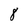
Character: 8